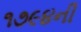
૧૭૯૪ની